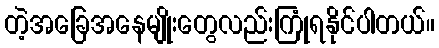
တဲ့အခြေအနေမျိုးတွေလည်းကြုံရနိုင်ပါတယ်။